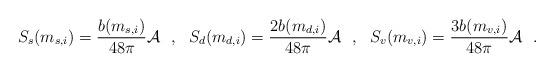
LaTeX: \begin{align*}S_s(m_{s,i})={b(m_{s,i}) \over 48\pi}{\cal A}~~,~~S_d(m_{d,i})={2b(m_{d,i}) \over 48\pi}{\cal A}~~,~~S_v(m_{v,i})={3b(m_{v,i}) \over 48\pi}{\cal A}~~.\end{align*}